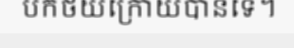
បកថយក្រោយបានទេ។